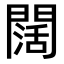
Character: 闊